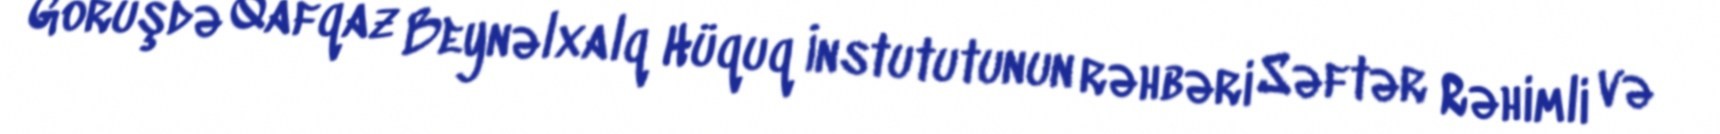
Görüşdə Qafqaz Beynəlxalq Hüquq İnstututunun rəhbəri Səftər Rəhimli və